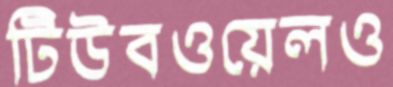
টিউবওয়েলও